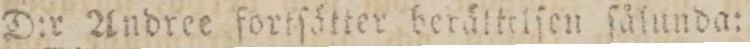
D:r Andree fortſätter berättelſen ſålunda: